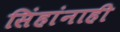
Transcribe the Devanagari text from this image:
सिंहांनाही